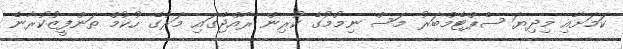
ކަމަށާއި މިދިޔަ ސެޕްޓެމްބަރު މަސް ނިމުމުގެ ކުރިން ރާއްޖޭގައި މަރުގެ ހުކުމް ތަންފީޒުކުރާނެ